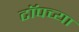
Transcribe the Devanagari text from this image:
टाॅपच्या